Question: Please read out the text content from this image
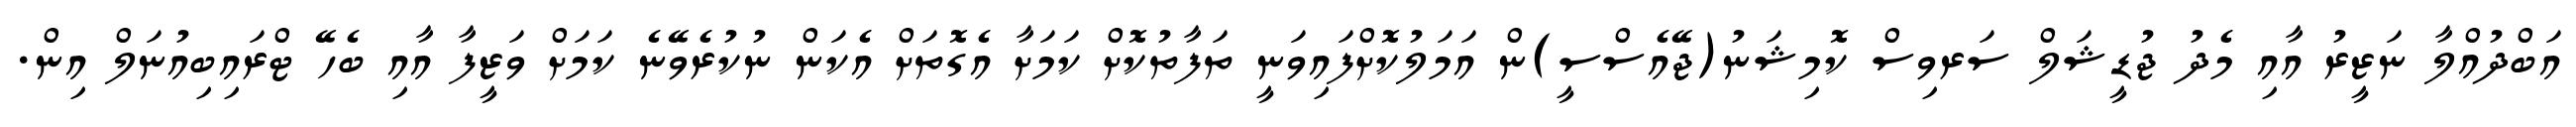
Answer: އަބްދުއްލާ ނަޒީރު އާއި މެދު ޖުޑީޝަލް ސަރވިސް ކޮމިޝަނު(ޖޭއެސްސީ)ން އަމަލުކޮށްފައިވަނީ ތަފާތުކޮށް ކަމަށާ އެގޮތަށް އެކަން ނުކުރެވޭނެ ކަމަށް ވަޒީފާ އާއި ބެހޭ ޓްރައިބިއުނަލް އިން.